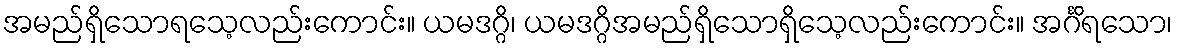
အမည်ရှိသောရသေ့လည်းကောင်း။ ယမဒဂ္ဂိ၊ ယမဒဂ္ဂိအမည်ရှိသောရှိသေ့လည်းကောင်း။ အင်္ဂိရသော၊